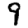
Digit: 9